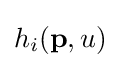
h_{i}(\mathbf {p} ,u)